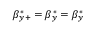
\beta _ { y + } ^ { * } = \beta _ { y } ^ { * } = \beta _ { y } ^ { * }